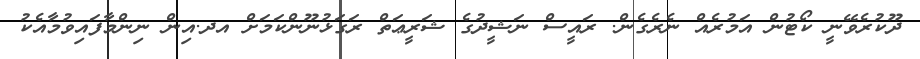
ދޫކުރެވޭނީ ކޯޓުން އަމުރެއް ނެރެގެން. ރައީސް ނަޝީދުގެ ޝަރީޢަތް ރަގަޅުނޫންކަމަށް އދ.އިން ނިންމާފައިވުމާއެކު